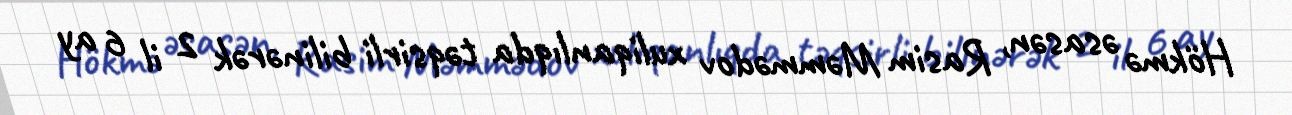
Hökmə əsasən, Rasim Məmmədov xuliqanlıqda təqsirli bilinərək 2 il 6 ay